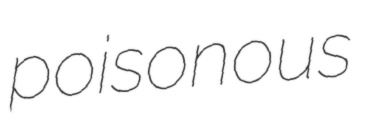
poisonous